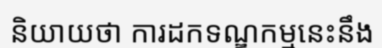
និយាយថា ការដកទណ្ឌកម្មនេះនឹង